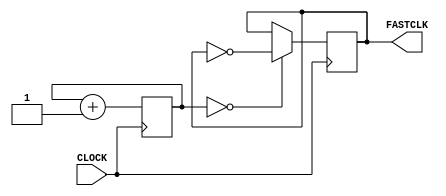
`timescale 1ns / 1ps
//////////////////////////////////////////////////////////////////////////////////
// Company: 
// Engineer: 
// 
// Design Name: 
// Module Name: fastclock
// Project Name: 
// Target Devices: 
// Tool Versions: 
// Description: 
// 
// Dependencies: 
// 
// Revision:
// Revision 0.01 - File Created
// Additional Comments:
// 
//////////////////////////////////////////////////////////////////////////////////


module fastclock(
    input CLOCK,
    output reg FASTCLK = 0
    );
    // 381 Hz
    reg [16:0] COUNT = 0;
    
    always @ (posedge CLOCK) begin
        COUNT <= COUNT + 1;
        FASTCLK <= (COUNT == 0) ? ~FASTCLK : FASTCLK;
    end
endmodule